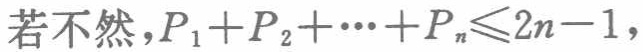
若不然,$P_{1}+P_{2}+\cdots+P_{n}\leqslant 2n - 1$,